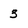
Character: 3